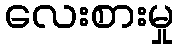
လေးစားမှု